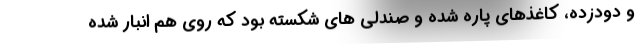
و دودزده، کاغذهای پاره شده و صندلی های شکسته بود که روی هم انبار شده